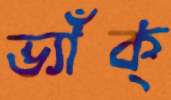
ভ্যাঁক্